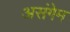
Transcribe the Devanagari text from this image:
असंगेम